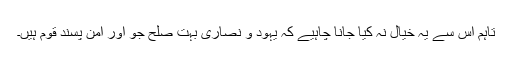
تاہم اس سے یہ خیال نہ کیا جانا چاہیے کہ یہود و نصاریٰ بہت صلح جو اور امن پسند قوم ہیں۔